Indian journal of veterinary science and animal husbandry - Volume 3,
Year: 1933
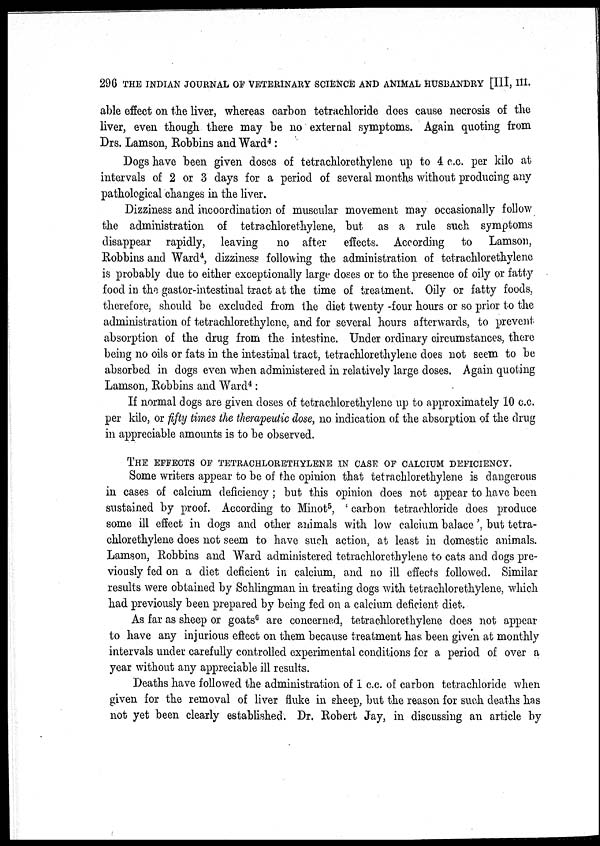
296 THE INDIAN JOURNAL OF VETERINARY SCIENCE AND ANIMAL HUSBANDRY [III, III.
able effect on the liver, whereas carbon tetrachloride does cause necrosis of the
liver, even though there may be no external symptoms. Again quoting from
Drs. Lamson, Robbins and Ward 4 :
Dogs have been given doses of tetrachlorethylene up to 4 c.c. per kilo at
intervals of 2 or 3 days for a period of several months without producing any
pathological changes in the liver.
Dizziness and incoordination of muscular movement may occasionally follow
the administration of tetrachlorethylene, but as a rule such symptoms
disappear rapidly, leaving
no after effects. According to Lamson,
Robbins and Ward 4 , dizziness following the administration of tetrachlorethylene
is probably due to either exceptionally large doses or to the presence of oily or fatty
food in the gastor-intestinal tract at the time of treatment. Oily or fatty foods,
therefore, should be excluded from the diet twenty -four hours or so prior to the
administration of tetrachlorethylene, and for several hours afterwards, to prevent
absorption of the drug from the intestine. Under ordinary circumstances, there
being no oils or fats in the intestinal tract, tetrachlorethylene does not seem to be
absorbed in dogs even when administered in relatively large doses. Again quoting
Lamson, Robbins and Ward 4 :
If normal dogs are given doses of tetrachlorethylene up to approximately 10 c.c.
per kilo, or fifty times the therapeutic dose, no indication of the absorption of the drug
in appreciable amounts is to be observed.
THE EFFECTS OF TETRACHLORETHYLENE IN CASE OF CALCIUM DEFICIENCY.
Some writers appear to be of the opinion that tetrachlorethylene is dangerous
in cases of calcium deficiency ; but this opinion does not appear to have been
sustained by proof. According to Minot 5 , ' carbon tetrachloride does produce
some ill effect in dogs and other animals with low calcium balace ' but tetra-
chlorethylene does not seem to have such action, at least in domestic animals.
Lamson, Robbins and Ward administered tetrachlorethylene to cats and dogs pre-
viously fed on a diet deficient in calcium, and no ill effects followed. Similar
results were obtained by Schlingman in treating dogs with tetrachlorethylene, which
had previously been prepared by being fed on a calcium deficient diet.
As far as sheep or goats 6 are concerned, tetrachlorethylene does not appear
to have any injurious effect on them because treatment has been given at monthly
intervals under carefully controlled experimental conditions for a period of over a
year without any appreciable ill results.
Deaths have followed the administration of 1 c.c. of carbon tetrachloride when
given for the removal of liver fluke in sheep, but the reason for such deaths has
not yet been clearly established. Dr. Robert Jay, in discussing an article by